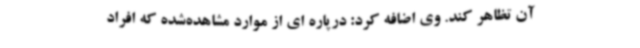
آن تظاهر کند. وی اضافه کرد: درپاره ای از موارد مشاهده‌شده که افراد